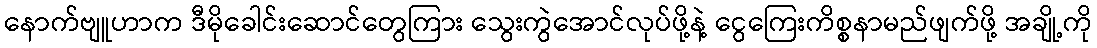
နောက်ဗျူဟာက ဒီမိုခေါင်းဆောင်တွေကြား သွေးကွဲအောင်လုပ်ဖို့နဲ့ ငွေကြေးကိစ္စနာမည်ဖျက်ဖို့ အချို့ကို